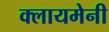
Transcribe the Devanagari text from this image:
क्लायमेनी